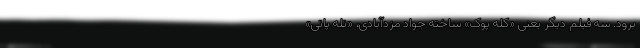
برود. سه فیلم دیگر یعنی «کله پوک» ساخته جواد مزدآبادی، «تله پاتی»